Civil Veterinary Department Bihar & Orissa reports 1929-36 - 1929-1936
Year: 1929
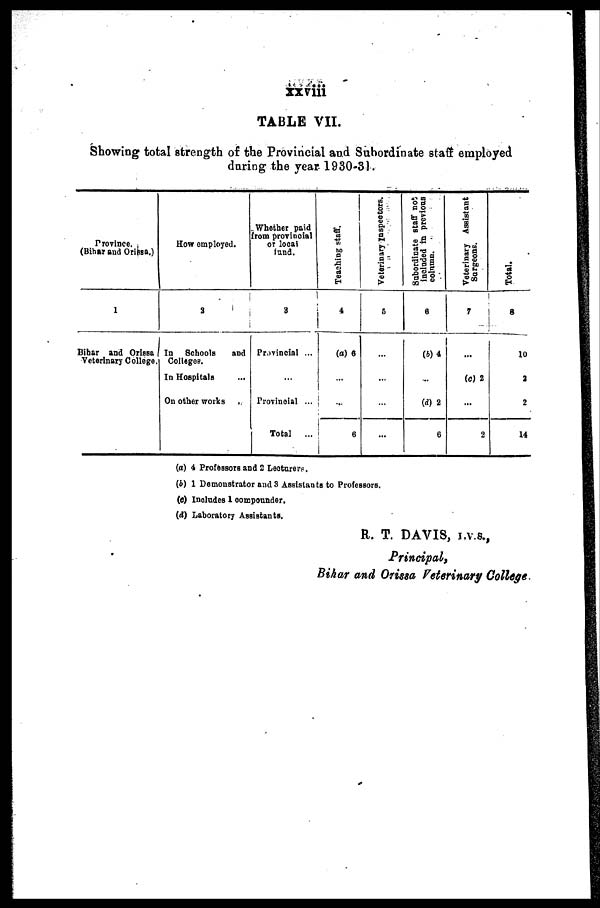
xxviii
TABLE VII.
Showing total strength of the Provincial and Subordinate staff employed
daring the year 1930-31.
Province.
(Bihar and Orissa.)
1
Bihar and Orissa
Veterinary College.
How employed.
2
In Schools
and
Colleges.
In Hospitals ...
On other works
Whether paid
from provincial
or local
fund.
3
Provincial ...
...
Provinoial ...
Total
...
Teaching staff.
4
(a) 6
...
...
6
Veterinary Inspectors.
5
...
...
...
...
Subordinate staff not
included in previous
column.
6
(b)4
...
(d) 2
6
Veterinary Assistant
Surgeons.
7
...
(c) 2
...
2
Total.
8
10
3
2
14
(a) 4 Professors and 2 Lecturers.
(b) 1 Demonstrator and 3 Assistants to Professors.
(e) Includes 1 compounder.
(d) Laboratory Assistants.
R. T. DAVIS, I.V.S.,
Principal,
Bihar and Orissa Veterinary College.